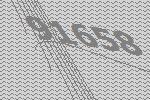
91658